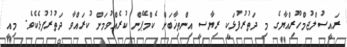
ރައީސުލްޖުމްހޫރިއްޔާގެ މި ދަތުރުފުޅަކީ ރިޔާސީ އިންތިޚާބަށް ކެމްޕޭން ކުރެއްވުމަށް ކުރައްވާ ދަތުރުފުޅެކެވެ. މިއީ